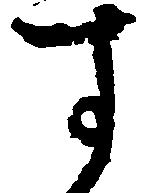
す